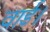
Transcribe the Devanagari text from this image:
वार्ड।